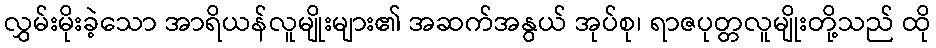
လွှမ်းမိုးခဲ့သော အာရိယန်လူမျိုးများ၏ အဆက်အနွယ် အုပ်စု၊ ရာဇပုတ္တလူမျိုးတို့သည် ထို